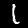
Digit: 1